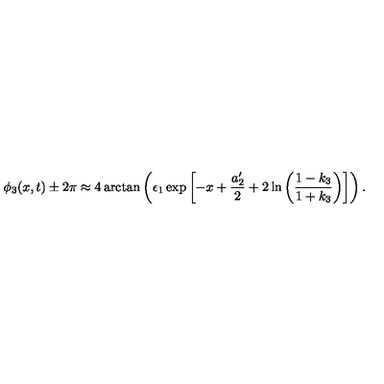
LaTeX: \phi _ { 3 } ( x , t ) \pm 2 \pi \approx 4 \arctan \left( \epsilon _ { 1 } \exp \left[ - x + \frac { a _ { 2 } ^ { \prime } } { 2 } + 2 \ln \left( \frac { 1 - k _ { 3 } } { 1 + k _ { 3 } } \right) \right] \right) .